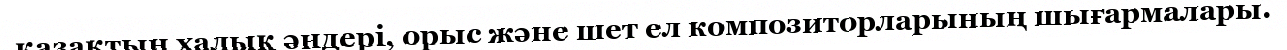
қазақтың халық әндері, орыс және шет ел композиторларының шығармалары.